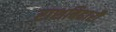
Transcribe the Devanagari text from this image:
राशबिहारी